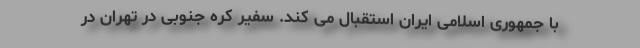
با جمهوری اسلامی ایران استقبال می کند. سفیر کره جنوبی در تهران در